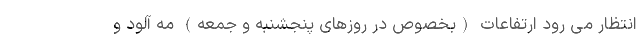
انتظار می رود ارتفاعات (بخصوص در روزهای پنجشنبه و جمعه) مه آلود و